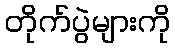
တိုက်ပွဲများကို